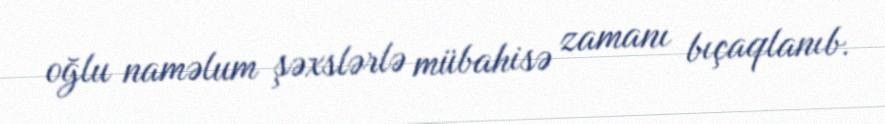
oğlu naməlum şəxslərlə mübahisə zamanı bıçaqlanıb.